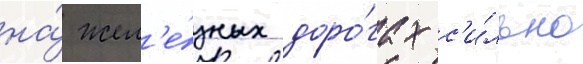
на́ жел'е́зных доро́гах с'и́льно